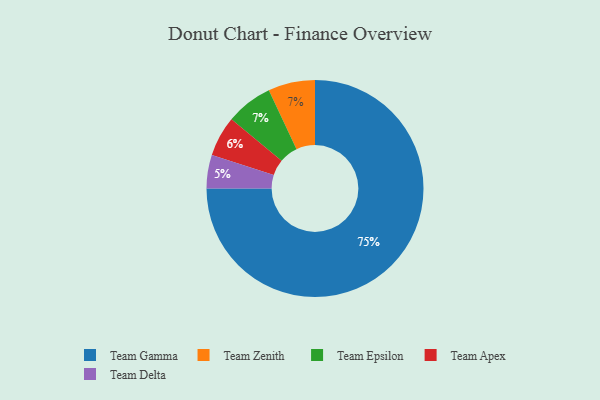
{"axis": {"x": "Category", "y": "Percentage"}, "legend": ["Team Apex", "Team Delta", "Team Epsilon", "Team Gamma", "Team Zenith"], "data": [{"x": "Team Gamma", "y": 75, "type": "Team Gamma"}, {"x": "Team Zenith", "y": 7, "type": "Team Zenith"}, {"x": "Team Epsilon", "y": 7, "type": "Team Epsilon"}, {"x": "Team Apex", "y": 6, "type": "Team Apex"}, {"x": "Team Delta", "y": 5, "type": "Team Delta"}]}